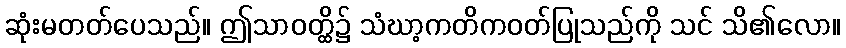
ဆုံးမတတ်ပေသည်။ ဤသာဝတ္ထိ၌ သံဃာ့ကတိကဝတ်ပြုသည်ကို သင် သိ၏လော။